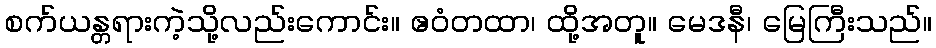
စက်ယန္တရားကဲ့သို့လည်းကောင်း။ ဧဝံတထာ၊ ထို့အတူ။ မေဒနီ၊ မြေကြီးသည်။